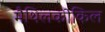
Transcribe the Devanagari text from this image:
मैथिलकोकिल